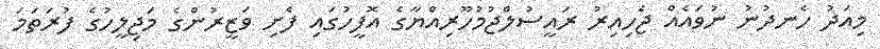
މިއަދު ހެނދުނު ނުވައެއް ޖެހިއިރު ރައީސުލްޖުމުހޫރިއްޔާގެ އޮފީހުގައި ފެށި ވަޒީރުންގެ މަޖިލީހުގެ ފުރަތަމަ